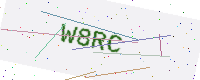
Text: W8RC